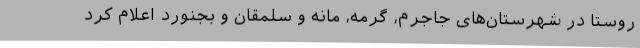
روستا در شهرستان‌های جاجرم، گرمه، مانه و سلمقان و بجنورد اعلام کرد